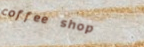
coffee shop